Report on vaccination in Madras 1922-1929 - 1922-1929
Year: 1922
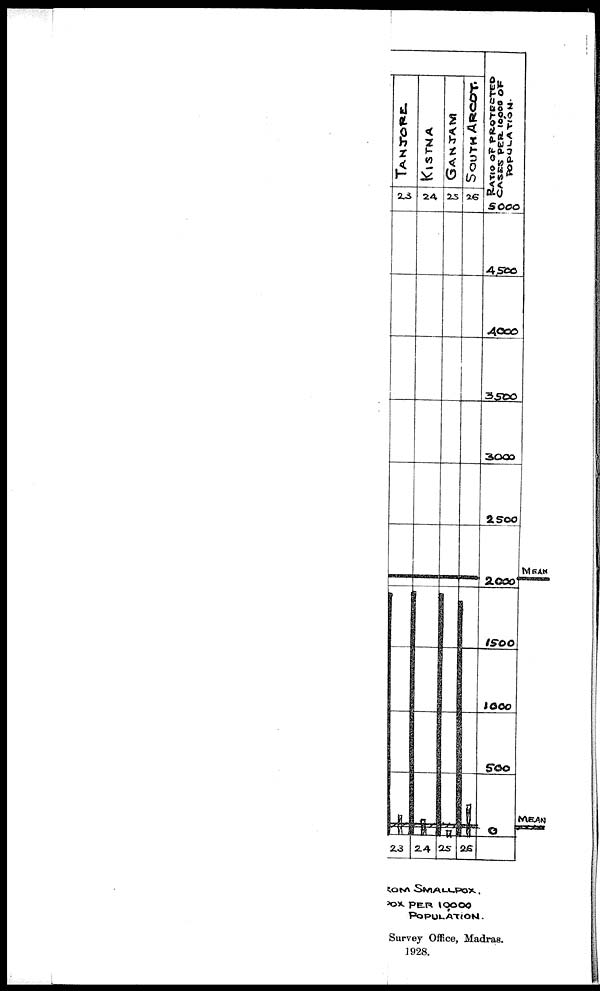
Survey Office, Madras.
1928.